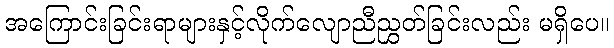
အကြောင်းခြင်းရာများနှင့်လိုက်လျောညီညွှတ်ခြင်းလည်း မရှိပေ။